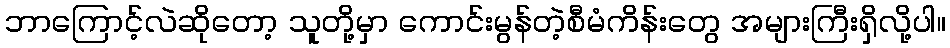
ဘာကြောင့်လဲဆိုတော့ သူတို့မှာ ကောင်းမွန်တဲ့စီမံကိန်းတွေ အများကြီးရှိလို့ပါ။